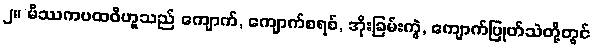
၂။ မိဿကပထဝီဟူသည် ကျောက်, ကျောက်စရစ်, အိုးခြမ်းကွဲ, ကျောက်ပြုတ်သဲတို့တွင်